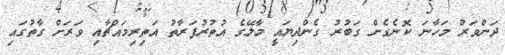
ދަންވަރު މަހާނަ ކޮނެގެން ގަބުރު ގެންދިޔައީ މާލޭގެ އުތުރުފަރާތު އަތިރިމައްޗާއި ވަރަށް ގާތުގައި